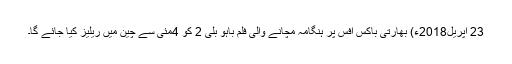
23 اپریل2018ء) بھارتی باکس آفس پر ہنگامہ مچانے والی فلم باہو بلی 2 کو 4مئی سے چین میں ریلیز کیا جائے گا۔